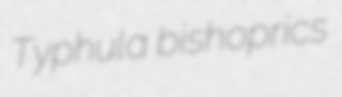
Typhula bishoprics